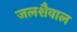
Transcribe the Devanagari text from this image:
जलशैवाल